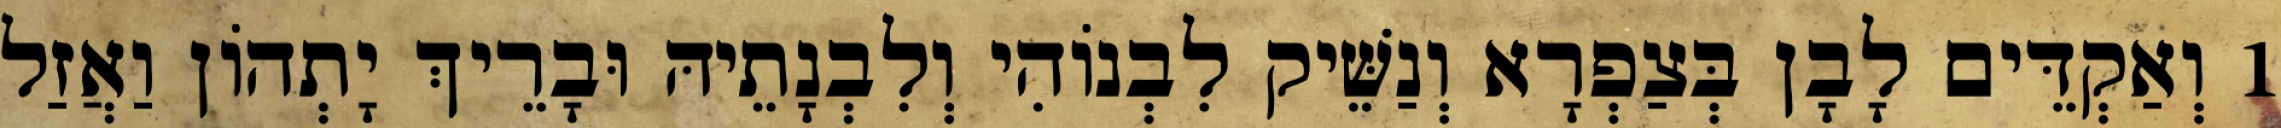
1 וְאַקְדֵּים לָבָן בְּצַפְרָא וְנַשֵּׁיק לִבְנוֹהִי וְלִבְנָתֵיהּ וּבָרֵיךְ יָתְהוֹן וַאֲזַל